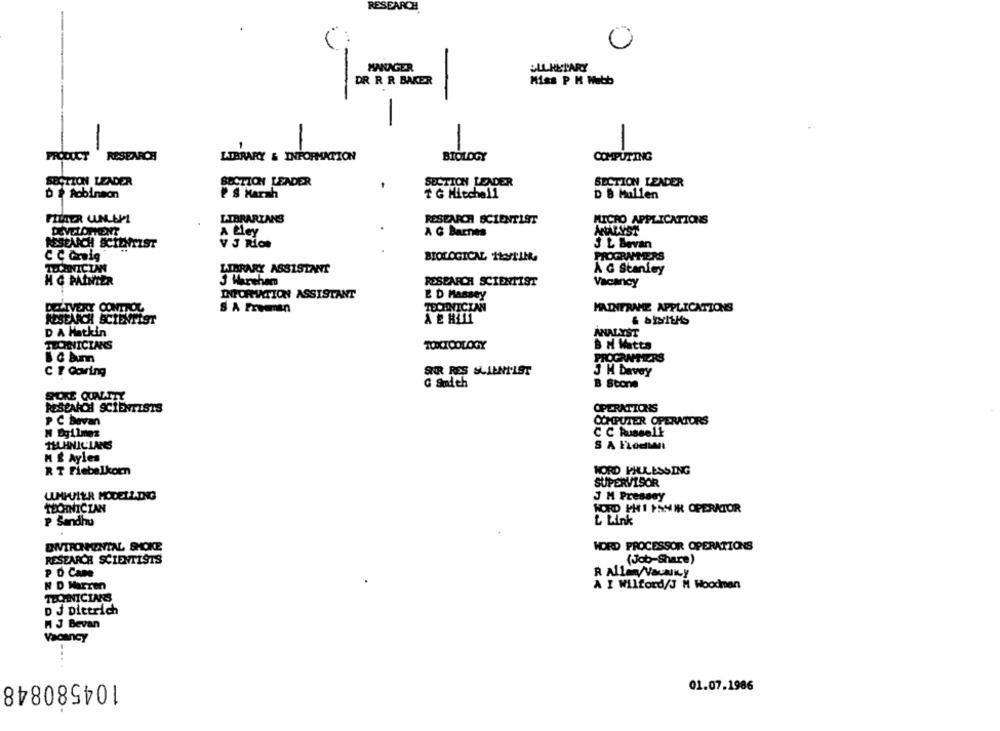
MANAGER
ELLHELARY
DR R R BAKER
Miss P M Webb
-
PRODUCT
RESEARCH
LIBRARY & INFORMATION
BIOLOGY
COMPUTING
SECTION LEADER
SECTION LEADER
SECTION LEADER
SECTION LEADER
DE Robinson
PS Harsh
* G Mitchell
D & Mullen
LIBRARIANS
RESEARCH SCIENTIST
MICRO APPLICATIONS
A Lley
A G Barnes
ANALYST
RESEARCH SCIENTIST
V J Rios
J L Bevan
PROGRAMMERS
C C Gmsig
BIOLOGICAL HEATIN
LIBRARY ASSISTANT
A G Stanley
H & PAINTER
3 Hareham
RESEARCH SCIENTIST
Vacancy
INPORITION ASSISTANT
E D Massey
TECHNICIAN
S A Freeman
MAINFRAME APPLICATIONS
D A Matkin
ANALYST
TECHNICIANS
TOXICOLOGY
B M Mitts
& @ Bunn
PROGRAMMEERS
C # Coring
SER RES SCIENTIST
3 H Davey
G Smith
B Stone
RESEARCH SCIENTISTS
OPERATIONS
P C Bavan
COMPUTER OPERATORS
N Dgilmez
C C Russell
TEHNICLANS
S A FLOHMMI
M É Ayles
R T Fiebelkorn
HORD PHULESSING
SUPERVISOR
LUMIVIER MODELLING
J M Presany
TECHNICIAN
HORD PHI PHI OPERATOR
P Sandhu
L Link
ENVIRONMENTAL SHOKE
WORD PROCESSOR OPERATIONS
RESEARCH SCIENTISTS
(Job-Share)
PD Cane
R Allan/ VaUNKy
A I Wilford/J M Woodman
N D Warren
TEOINICIAR'S
D J Dietrich
M J Bevan
Vacancy
104580848
01.07.1986